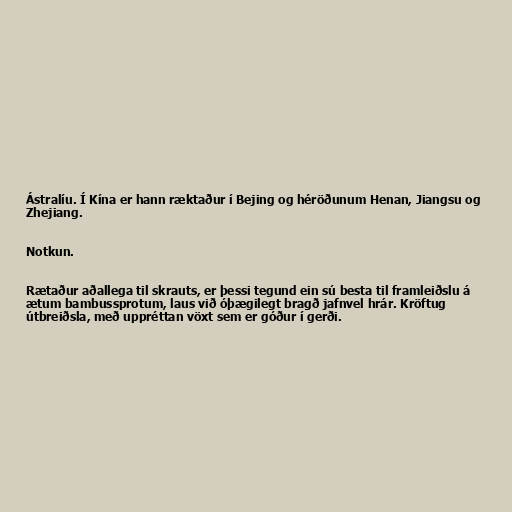
Ástralíu. Í Kína er hann ræktaður í Bejing og héröðunum Henan, Jiangsu og
Zhejiang.

Notkun.

Rætaður aðallega til skrauts, er þessi tegund ein sú besta til framleiðslu á
ætum bambussprotum, laus við óþægilegt bragð jafnvel hrár. Kröftug
útbreiðsla, með uppréttan vöxt sem er góður í gerði.